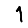
Digit: 1